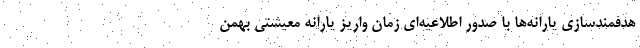
هدفمندسازی یارانه‌ها با صدور اطلاعیه‌ای زمان واریز یارانه معیشتی بهمن